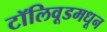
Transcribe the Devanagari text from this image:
टॉलिवूडमधून